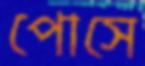
পোসে